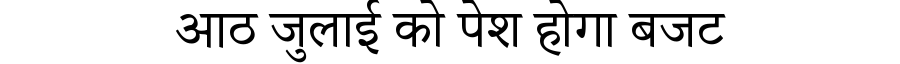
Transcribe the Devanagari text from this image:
आठ जुलाई को पेश होगा बजट